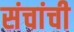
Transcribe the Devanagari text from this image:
संचांची